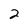
Character: 2